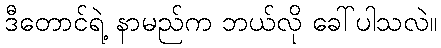
ဒီတောင်ရဲ့ နာမည်က ဘယ်လို ခေါ်ပါသလဲ။